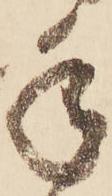
年